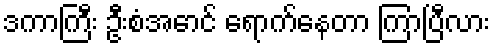
ဒကာကြီး ဦးစံအောင် ရောက်နေတာ ကြာပြီလား